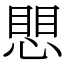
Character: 愳